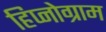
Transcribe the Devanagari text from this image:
हिप्नोग्राम